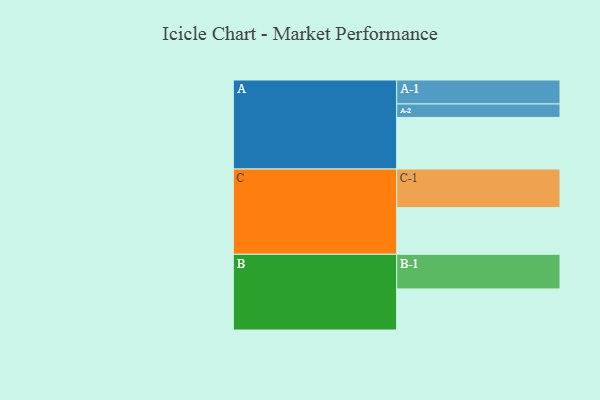
{"axis": {"x": "Segment", "y": "Value"}, "legend": ["", "A", "B", "C"], "data": [{"x": "A", "y": 396, "type": ""}, {"x": "B", "y": 315, "type": ""}, {"x": "C", "y": 358, "type": ""}, {"x": "A-1", "y": 184, "type": "A"}, {"x": "A-2", "y": 103, "type": "A"}, {"x": "B-1", "y": 266, "type": "B"}, {"x": "C-1", "y": 296, "type": "C"}]}